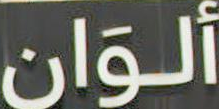
ألوان